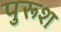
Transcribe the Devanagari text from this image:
पुरूश